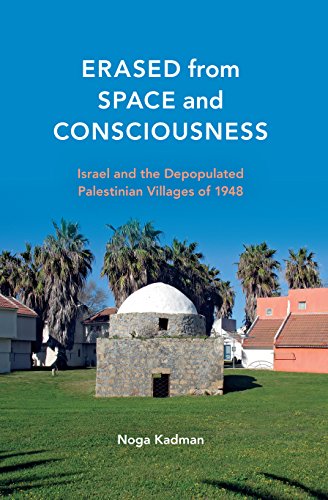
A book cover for Erased from Space and Consciousness: Israel and the Depopulated Palestinian Villages of 1948; Noga Kadman; Arts & Photography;